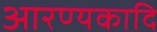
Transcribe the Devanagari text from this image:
आरण्यकादि